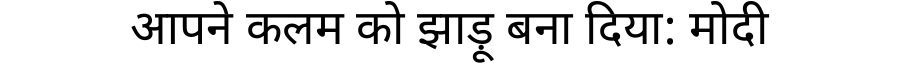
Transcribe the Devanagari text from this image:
आपने कलम को झाड़ू बना दिया: मोदी